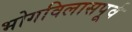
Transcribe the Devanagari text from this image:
भोगविलासपूर्व